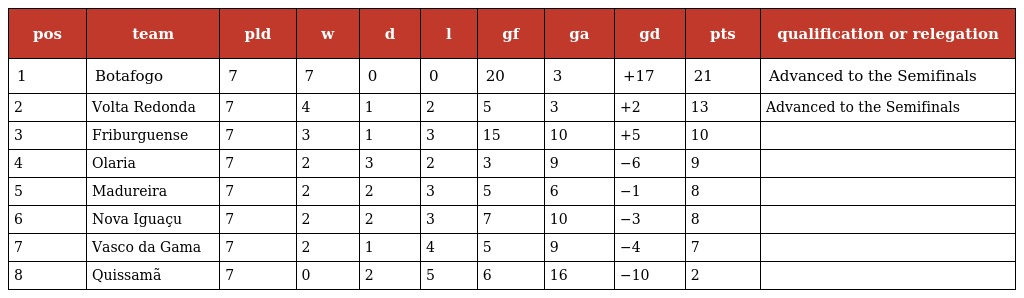
| pos | team | pld | w | d | l | gf | ga | gd | pts | qualification or relegation |
 | --- | --- | --- | --- | --- | --- | --- | --- | --- | --- | --- |
 | 1 | Botafogo | 7 | 7 | 0 | 0 | 20 | 3 | +17 | 21 | Advanced to the Semifinals |
 | 2 | Volta Redonda | 7 | 4 | 1 | 2 | 5 | 3 | +2 | 13 | Advanced to the Semifinals |
 | 3 | Friburguense | 7 | 3 | 1 | 3 | 15 | 10 | +5 | 10 |  |
 | 4 | Olaria | 7 | 2 | 3 | 2 | 3 | 9 | −6 | 9 |  |
 | 5 | Madureira | 7 | 2 | 2 | 3 | 5 | 6 | −1 | 8 |  |
 | 6 | Nova Iguaçu | 7 | 2 | 2 | 3 | 7 | 10 | −3 | 8 |  |
 | 7 | Vasco da Gama | 7 | 2 | 1 | 4 | 5 | 9 | −4 | 7 |  |
 | 8 | Quissamã | 7 | 0 | 2 | 5 | 6 | 16 | −10 | 2 |  |